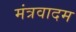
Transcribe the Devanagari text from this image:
मंत्रवादम